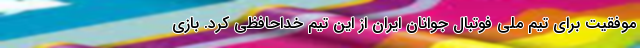
موفقیت برای تیم ملی فوتبال جوانان ایران از این تیم خداحافظی کرد. بازی